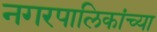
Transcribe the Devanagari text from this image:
नगरपालिकांच्या